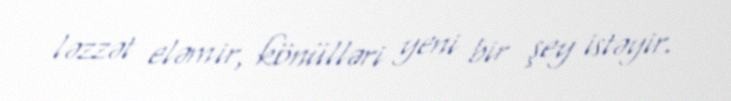
ləzzət eləmir, könülləri yeni bir şey istəyir.